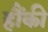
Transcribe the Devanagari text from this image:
हौंकी